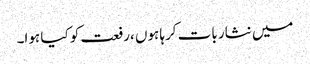
میں نثار بات کرہا ہوں ،رفعت کو کیا ہوا۔